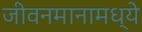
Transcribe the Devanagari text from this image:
जीवनमानामध्ये